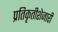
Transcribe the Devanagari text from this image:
प्रतिकृतीशेजारी